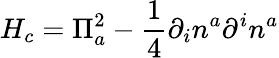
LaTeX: H_{c}=\Pi_{a}^{2}-\frac{1}{4}\partial_{i}n^{a}\partial^{i}n^{a}